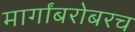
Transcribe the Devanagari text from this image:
मार्गांबरोबरच